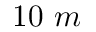
1 0 \ m